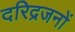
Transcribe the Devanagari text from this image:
दरिद्रजनों